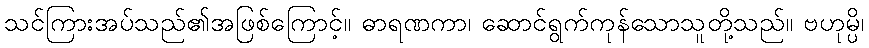
သင်ကြားအပ်သည်၏အဖြစ်ကြောင့်။ ဓာရဏကာ၊ ဆောင်ရွက်ကုန်သောသူတို့သည်။ ဗဟုမ္ပိ၊